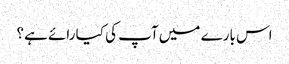
اس بارے میں آپ کی کیا رائے ہے؟